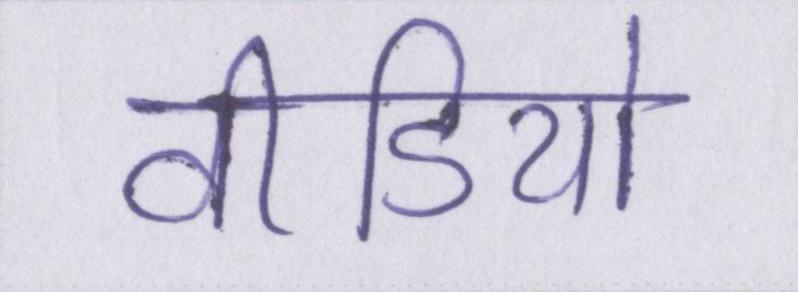
वीडियो